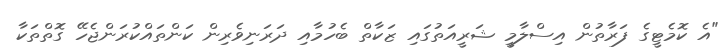
"އެ ކޮމެޓީގެ ފަރާތުން އިސްލާމީ ޝަރީއަތުގައި ޒަކާތް ބެހުމާއި ދަރަނިވެރިން ކަންތައްކުރަންޖެހޭ ގޮތްތަކާ